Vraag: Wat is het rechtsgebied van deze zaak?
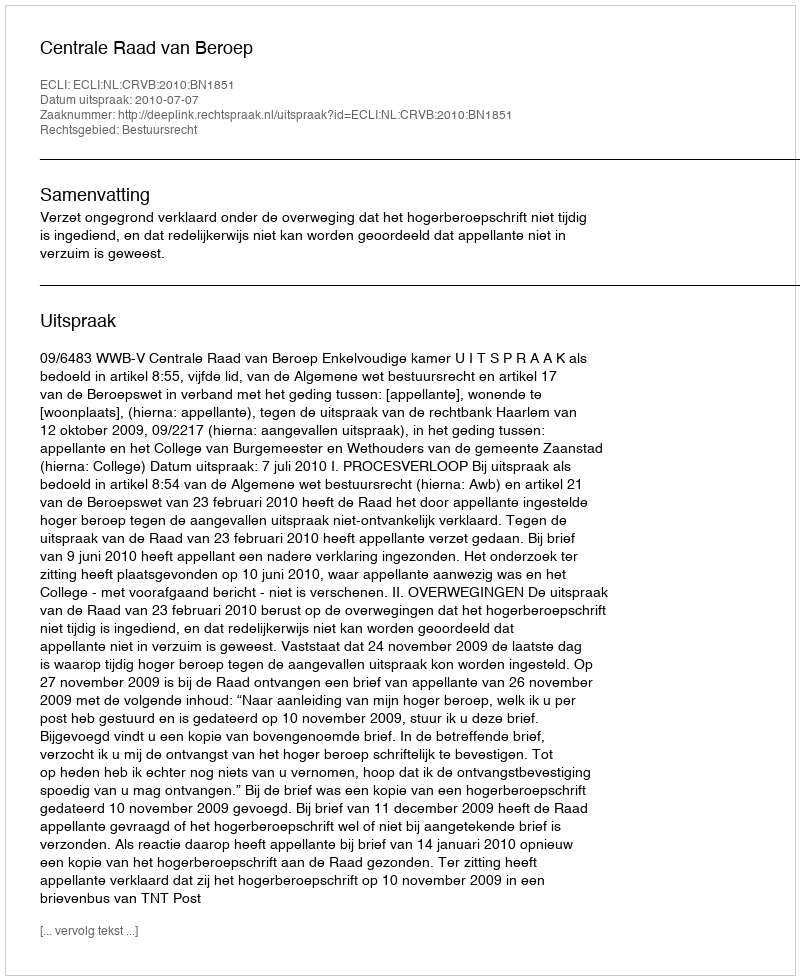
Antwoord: Bestuursrecht